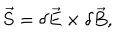
\vec { S } = \delta \vec { E } \times \delta \vec { B } ,